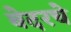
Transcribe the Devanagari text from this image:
बेदरचे